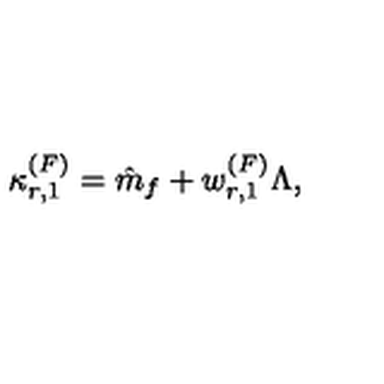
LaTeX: \kappa _ { r , 1 } ^ { ( F ) } = \hat { m } _ { f } + w _ { r , 1 } ^ { ( F ) } \Lambda ,